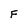
Character: F